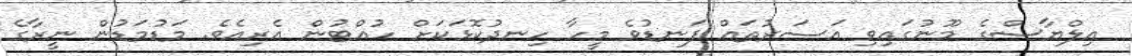
އިލްޔާސްގެ މޫނުގައިވި އަސަރުތައް ފަނޑުވެ މީހާ ހިނދުކޮޅަކަށް ހުއްޓުން އެރިއެވެ. މަޑުމަޑުން ނީރާގެ